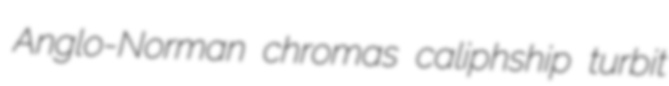
Anglo-Norman chromas caliphship turbit